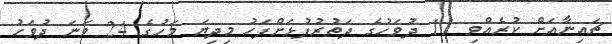
ޗައިނާއަށް ކުރެއްވި 11 ދުވަހުގެ ދަތުރުފުޅަށްފަހު މިދިޔަ މަހުގެ 24 ވަނަ ދުވަހު